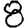
Digit: 8